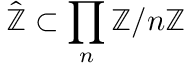
{ \hat { \mathbb { Z } } } \subset \prod _ { n } \mathbb { Z } / n \mathbb { Z }